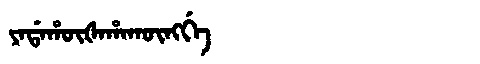
Manchu: ᠶᠠᡩᠠᡥᡡᡧᠠᡥᠠᡴᡡᠩᡤᡝ
Romanization: YADAHŪŠAHAKŪNGGE